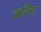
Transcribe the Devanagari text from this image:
ख़ालिसा